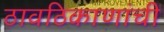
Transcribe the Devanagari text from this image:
ठावठिकाणांची